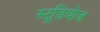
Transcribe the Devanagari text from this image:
स्‍टूडियोज